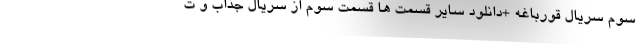
سوم سریال قورباغه +دانلود سایر قسمت ها قسمت سوم از سریال جذاب و ت